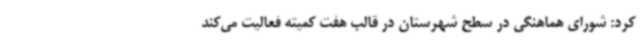
کرد: شورای هماهنگی در سطح شهرستان در قالب هفت کمیته فعالیت می‌کند